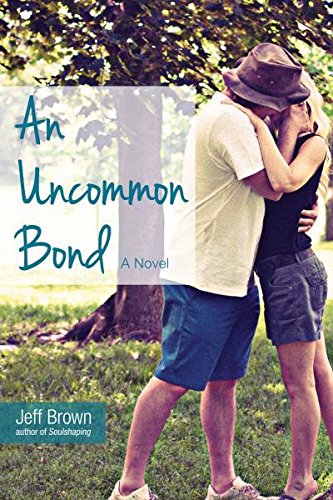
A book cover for An Uncommon Bond; Jeff Brown; Self-Help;